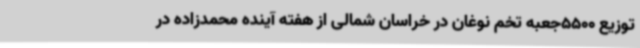
توزیع 5500جعبه تخم نوغان در خراسان شمالی از هفته آینده محمدزاده در